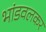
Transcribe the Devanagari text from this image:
भांडवलकर